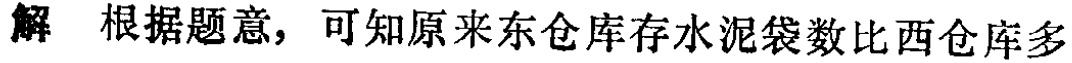
解 根据题意，可知原来东仓库存水泥袋数比西仓库多